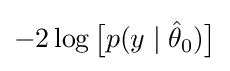
-2\log {\big [}p(y\mid {\hat {\theta }}_{0}){\big ]}